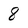
Character: 8